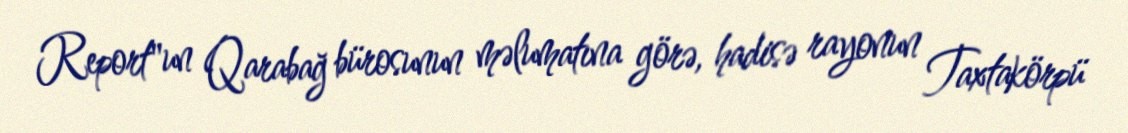
Report"un Qarabağ bürosunun məlumatına görə, hadisə rayonun Taxtakörpü